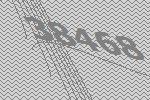
38468